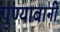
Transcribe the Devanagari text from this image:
पुण्याबानी